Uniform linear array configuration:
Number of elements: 32
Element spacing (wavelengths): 0.25
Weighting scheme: kaiser
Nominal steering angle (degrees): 30
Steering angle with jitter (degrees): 28.213
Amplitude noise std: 0.05
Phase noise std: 0.05

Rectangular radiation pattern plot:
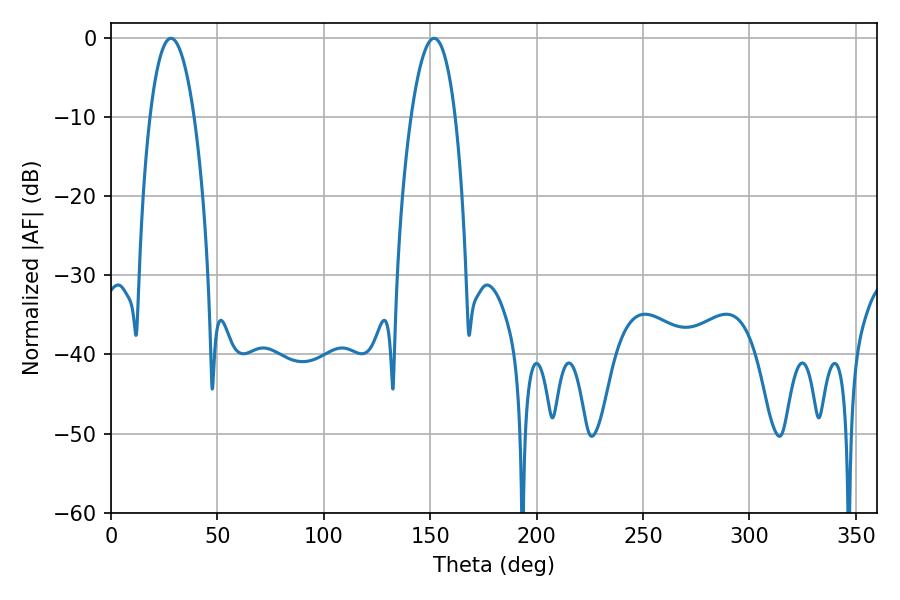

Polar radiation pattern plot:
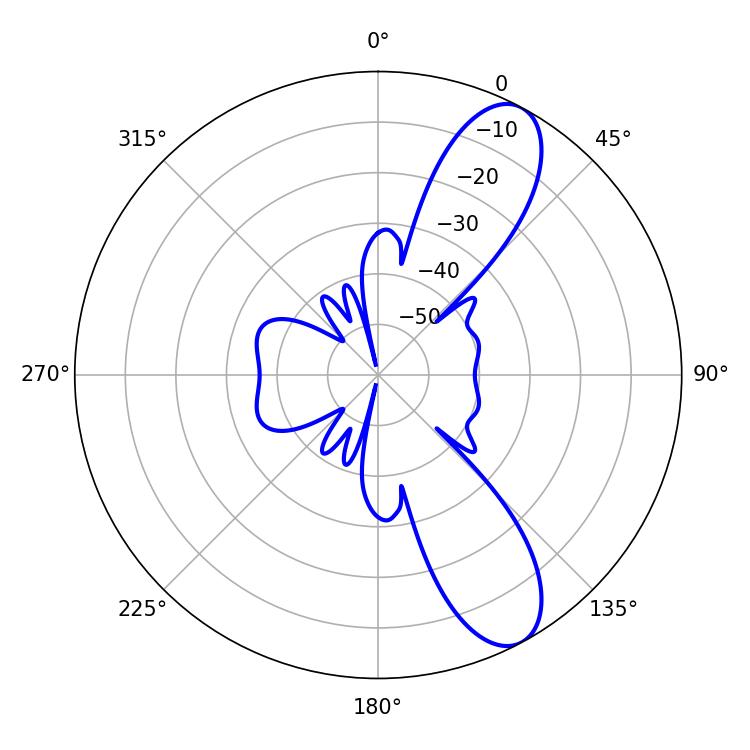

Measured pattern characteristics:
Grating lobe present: FALSE
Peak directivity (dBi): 9.917
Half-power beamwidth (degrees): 11.52
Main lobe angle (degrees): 28.08